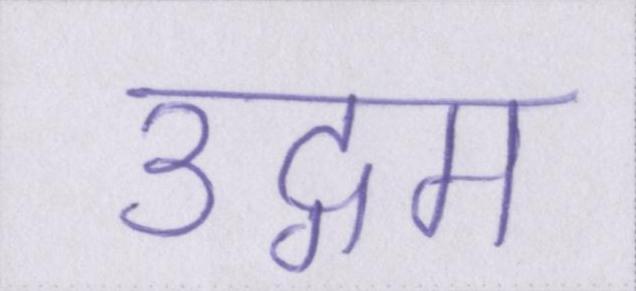
उद्गम